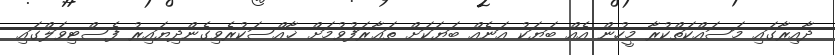
ދާއިރާގައި މަސައްކަތްކުރާ މީހުން އެއް ބަޔަކު އަނެއް ބަޔަކަށް ތަޢާރަފުވުމަށް ޚާއްސަކުރެވިގެންދިޔައިރު ފެސްޓިވަލްގައި